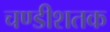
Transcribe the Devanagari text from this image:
चण्डीशतक